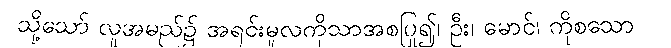
သို့သော် လူအမည်၌ အရင်းမူလကိုသာအစပြု၍၊ ဦး၊ မောင်၊ ကိုစသော